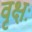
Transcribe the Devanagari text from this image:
वृक्षः